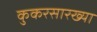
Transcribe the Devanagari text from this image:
कुकरसारख्या